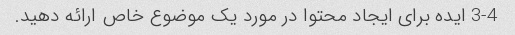
3-4 ایده برای ایجاد محتوا در مورد یک موضوع خاص ارائه دهید.